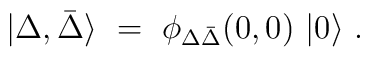
\vert \Delta , \bar \Delta \rangle \ = \ \phi_{\Delta \bar \Delta}(0,0) \ \vert 0  \rangle \ .